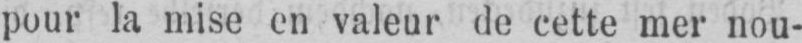
pour la mise en valeur de cette mer nou-